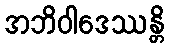
အဘိဝါဒေဿန္တိ